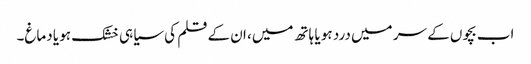
اب بچوں کے سر میں درد ہو یا ہاتھ میں، ان کے قلم کی سیاہی خشک ہو یا دماغ۔